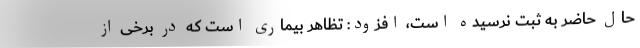
حال حاضر به ثبت نرسیده است، افزود: تظاهر بیماری است که در برخی از